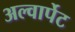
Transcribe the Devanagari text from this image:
अल्वार्पेट